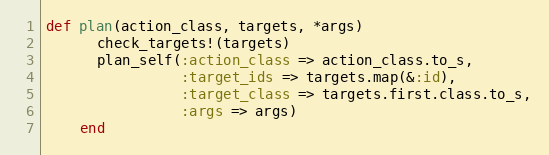
Language: Ruby
def plan(action_class, targets, *args)
      check_targets!(targets)
      plan_self(:action_class => action_class.to_s,
                :target_ids => targets.map(&:id),
                :target_class => targets.first.class.to_s,
                :args => args)
    end